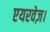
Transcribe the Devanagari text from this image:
एयरवेज़।